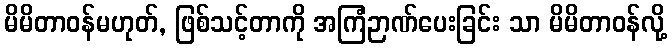
မိမိတာဝန်မဟုတ်, ဖြစ်သင့်တာကို အကြံဉာဏ်ပေးခြင်း သာ မိမိတာဝန်လို့